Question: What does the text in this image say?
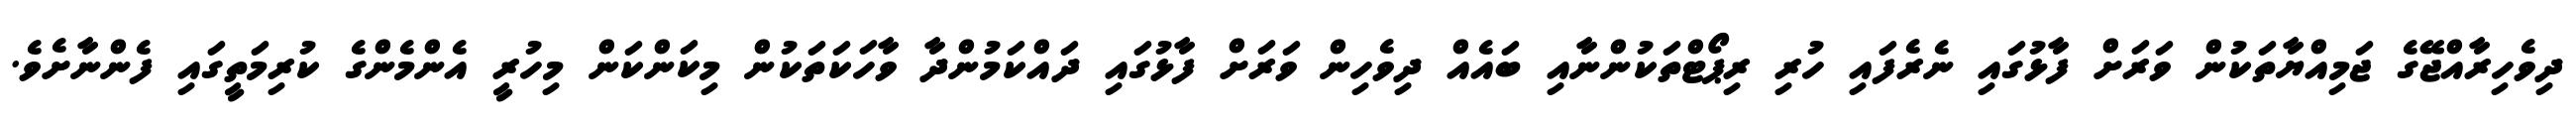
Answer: ދިވެހިރާއްޖޭގެ ޖަމިއްޔާތަކުން ވަރަށް ފާޅުގައި ނެރެފައި ހުރި ރިޕޯޓްތަކުންނާއި ބައެއް ދިވެހިން ވަރަށް ފާޅުގައި ދައްކަމުންދާ ވާހަކަތަކުން މިކަންކަން މިހުރީ އެންމެންގެ ކުރިމަތީގައި ފެންނާށެވެ.